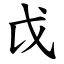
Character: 戉